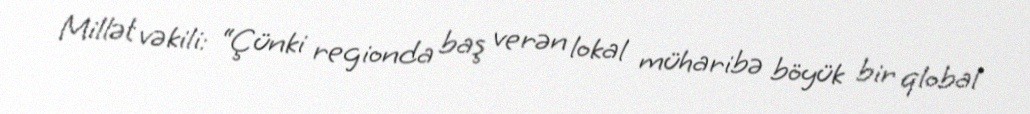
Millət vəkili: “Çünki regionda baş verən lokal müharibə böyük bir qlobal